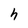
Character: h